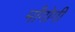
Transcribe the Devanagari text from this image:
माँगोगी